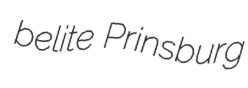
belite Prinsburg